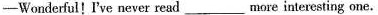
-Wonderful! I've never read ___ more interesting one.